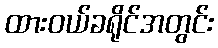
ထားဝယ်ခရိုင်အတွင်း